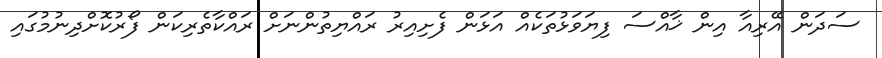
ސަދަން އޭރިއާ އިން ޚާއްސަ ފިޔަވަޅުތަކެއް އަޅަން ފެށިއިރު ރައްޔިތުންނަށް ރައްކާތެރިކަން ފޯރުކޮށްދިނުމުގައި